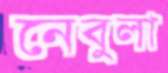
নেবুলা